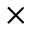
\times